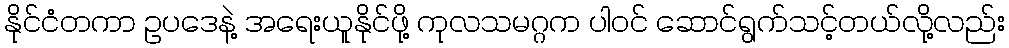
နိုင်ငံတကာ ဥပဒေနဲ့ အရေးယူနိုင်ဖို့ ကုလသမဂ္ဂက ပါဝင် ဆောင်ရွက်သင့်တယ်လို့လည်း